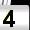
Digit: 4